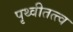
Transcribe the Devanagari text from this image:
पृथ्वीतत्त्व